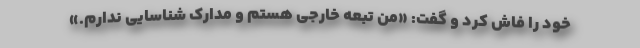
خود را فاش کرد و گفت: «من تبعه خارجی هستم و مدارک شناسایی ندارم.»